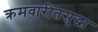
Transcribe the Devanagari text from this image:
क्रमवारीतसुद्धा